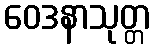
ဝေဒနာသုတ္တ